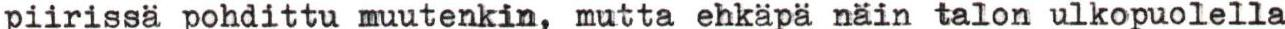
piirissä pohdittu muutenkin, mutta ehkäpä näin talon ulkopuolella